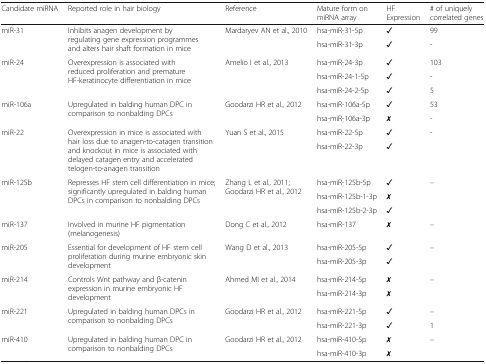
<table><thead><tr><td><b>Candidate miRNA</b></td><td><b>Reported role in hair biology</b></td><td><b>Reference</b></td><td><b>Mature form on miRNA array</b></td><td><b>HF Expression</b></td><td><b># of uniquely correlated genes</b></td></tr></thead><tbody><tr><td rowspan="2">miR-31</td><td rowspan="2">Inhibits anagen development by regulating gene expression programmes and alters hair shaft formation in mice</td><td rowspan="2">Mardaryev AN et al., 2010</td><td>hsa-miR-31-5p</td><td>✓</td><td>99</td></tr><tr><td>hsa-miR-31-3p</td><td>✓</td><td>-</td></tr><tr><td rowspan="3">miR-24</td><td rowspan="3">Overexpression is associated with reduced proliferation and premature HF-keratinocyte differentiation in mice</td><td rowspan="3">Amelio I et al., 2013</td><td>hsa-miR-24-3p</td><td>✓</td><td>103</td></tr><tr><td>hsa-miR-24-1-5p</td><td>✓</td><td>-</td></tr><tr><td>hsa-miR-24-2-5p</td><td>✓</td><td>5</td></tr><tr><td rowspan="2">miR-106a</td><td rowspan="2">Upregulated in balding human DPC in comparison to nonbalding DPCs</td><td rowspan="2">Goodarzi HR et al., 2012</td><td>hsa-miR-106a-5p</td><td>✓</td><td>53</td></tr><tr><td>hsa-miR-106a-3p</td><td>✗</td><td>-</td></tr><tr><td rowspan="2">miR-22</td><td rowspan="2">Overexpression in mice is associated with hair loss due to anagen-to-catagen transition and knockout in mice is associated with delayed catagen entry and accelerated telogen-to-anagen transition</td><td rowspan="2">Yuan S et al., 2015</td><td>hsa-miR-22-5p</td><td>✓</td><td rowspan="2">-</td></tr><tr><td>hsa-miR-22-3p</td><td>✓</td></tr><tr><td rowspan="3">miR-125b</td><td rowspan="3">Represses HF stem cell differentiation in mice; significantly upregulated in balding human DPCs in comparison to nonbalding DPCs</td><td rowspan="3">Zhang L et al., 2011; Goodarzi HR et al., 2012</td><td>hsa-miR-125b-5p</td><td>✓</td><td rowspan="3">–</td></tr><tr><td>hsa-miR-125b-1-3p</td><td>✗</td></tr><tr><td>hsa-miR-125b-2-3p</td><td>✓</td></tr><tr><td>miR-137</td><td>Involved in murine HF pigmentation (melanogenesis)</td><td>Dong C et al., 2012</td><td>hsa-miR-137</td><td>✗</td><td>–</td></tr><tr><td rowspan="2">miR-205</td><td rowspan="2">Essential for development of HF stem cell proliferation during murine embryonic skin development</td><td rowspan="2">Wang D et al., 2013</td><td>hsa-miR-205-5p</td><td>✓</td><td rowspan="2">–</td></tr><tr><td>hsa-miR-205-3p</td><td>✓</td></tr><tr><td rowspan="2">miR-214</td><td rowspan="2">Controls Wnt pathway and β-catenin expression in murine embryonic HF development</td><td rowspan="2">Ahmed MI et al., 2014</td><td>hsa-miR-214-5p</td><td>✗</td><td rowspan="2">–</td></tr><tr><td>hsa-miR-214-3p</td><td>✗</td></tr><tr><td rowspan="2">miR-221</td><td rowspan="2">Upregulated in balding human DPCs in comparison to nonbalding DPCs</td><td rowspan="2">Goodarzi HR et al., 2012</td><td>hsa-miR-221-5p</td><td>✓</td><td>–</td></tr><tr><td>hsa-miR-221-3p</td><td>✓</td><td>1</td></tr><tr><td rowspan="2">miR-410</td><td rowspan="2">Upregulated in balding human DPC in comparison to nonbalding DPCs</td><td rowspan="2">Goodarzi HR et al., 2012</td><td>hsa-miR-410-5p</td><td>✗</td><td rowspan="2">–</td></tr><tr><td>hsa-miR-410-3p</td><td>✗</td></tr></tbody></table>